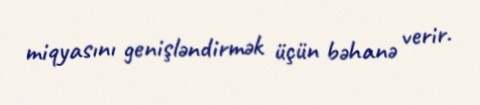
miqyasını genişləndirmək üçün bəhanə verir.